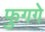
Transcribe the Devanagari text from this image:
फुगगे